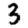
Digit: 3